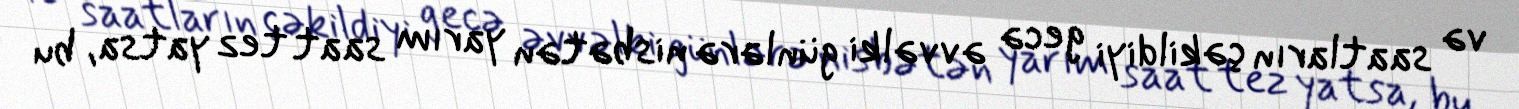
və saatların çəkildiyi gecə əvvəlki günlərə nisbətən yarım saat tez yatsa, bu